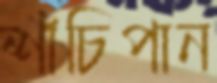
শাঁচিপান